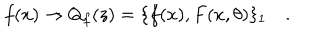
f ( x ) \to Q _ { f } ( z ) = \{ f ( x ) , F ( x , \theta ) \} _ { 1 } \, \, \, \, \, \, .